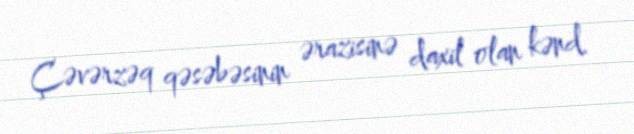
Çəvərzəq qəsəbəsinin ərazisinə daxil olan kənd.